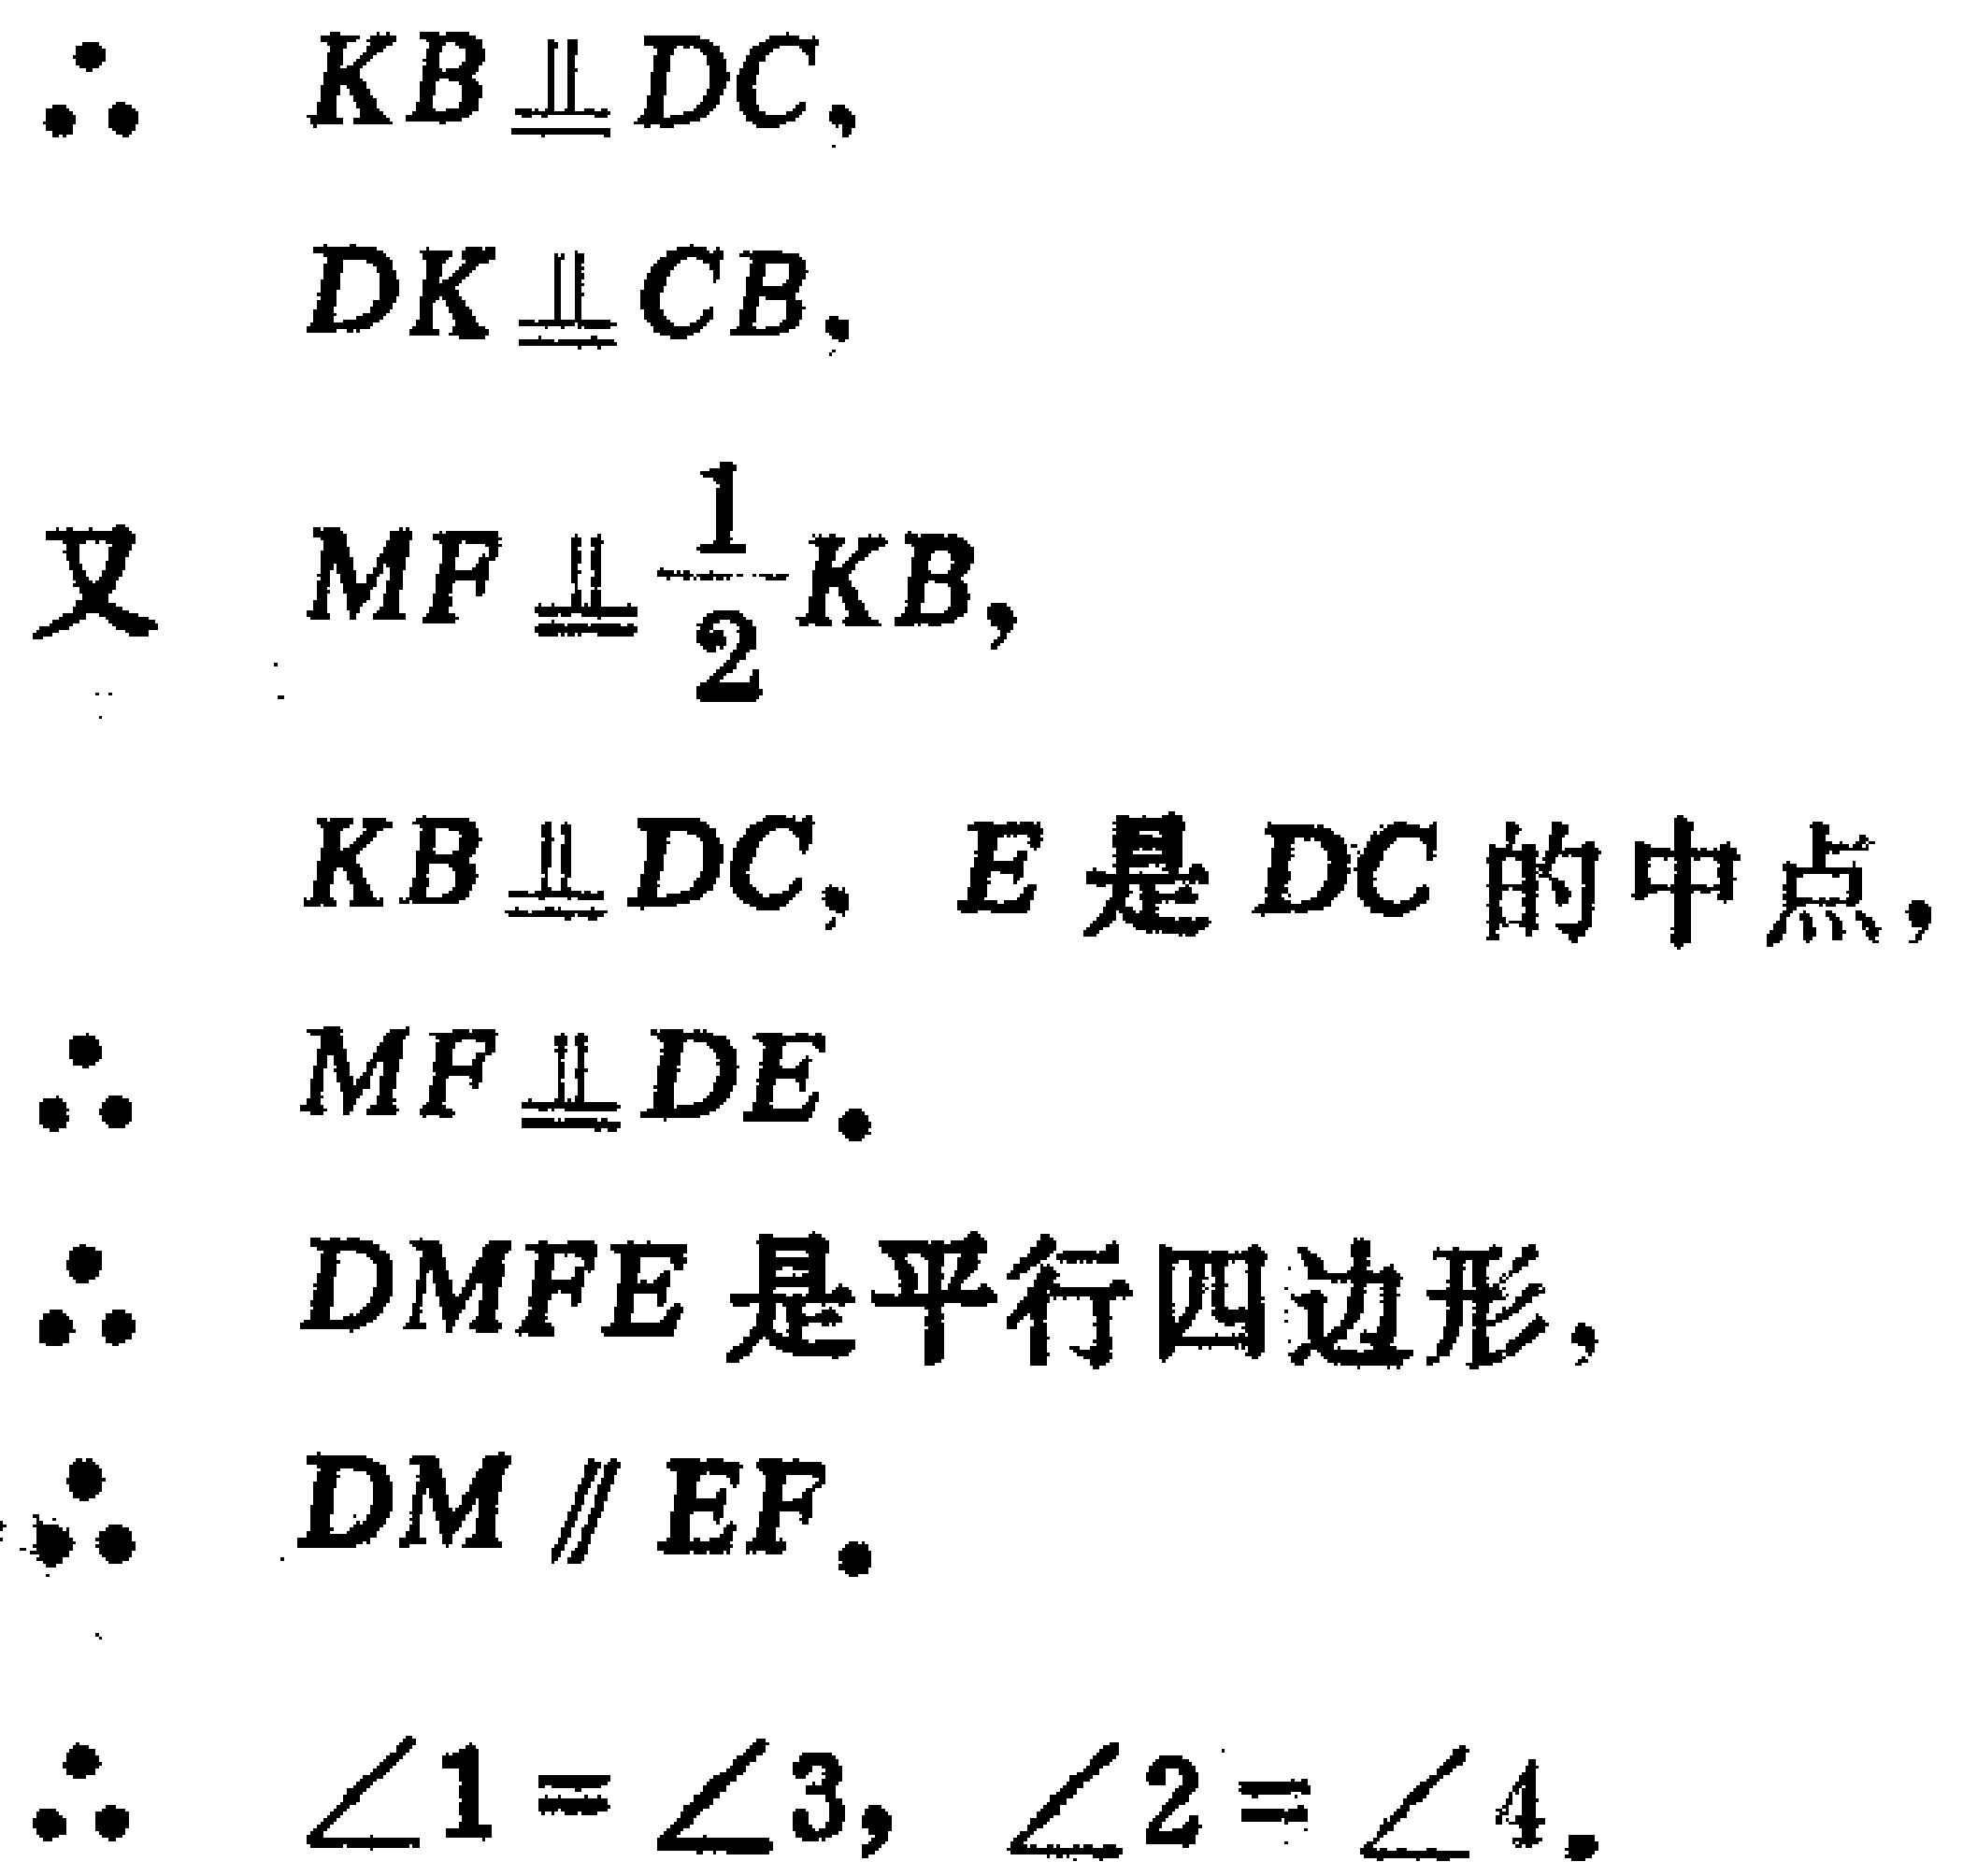
\begin{align*}
&\therefore\quad KB\equalparallel DC,\\
&DK\equalparallel CB,\\
\text{又}\quad&MF\equalparallel\frac{1}{2}KB,\\
&KB\equalparallel DC,\ E\text{ 是 }DC\text{ 的中点},\\
&\therefore\quad MF\equalparallel DE.\\
&\therefore\quad DMFE\text{ 是平行四边形},\\
&\therefore\quad DM\parallel EF.\\
&\therefore\quad \angle1 = \angle3,\ \angle2 = \angle4.
\end{align*}